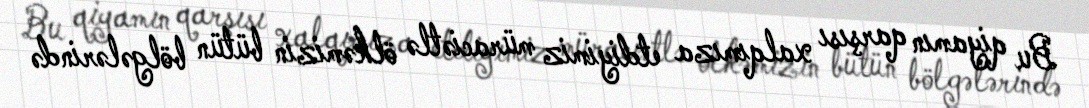
Bu qiyamın qarşısı xalqımıza etdiyimiz müraciətlə ölkəmizin bütün bölgələrində